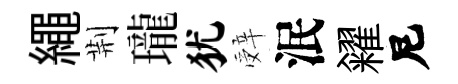
繩荆瓏犹辤泯糴尼